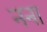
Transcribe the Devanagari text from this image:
नना